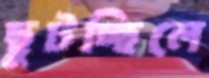
ছুটচ্ছিলে